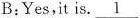
B:Yes,it is. \underline{1}